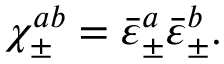
\chi _ { \pm } ^ { a b } = \bar { \varepsilon } _ { \pm } ^ { a } \bar { \varepsilon } _ { \pm } ^ { b } .